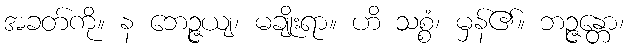
အခတ်ကို။ န ဘေဉ္ဇယျ၊ မချိုးရာ။ ဟိ သစ္စံ၊ မှန်၏။ ဘဉ္ဇန္တော၊